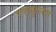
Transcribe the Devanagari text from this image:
एराकुलम